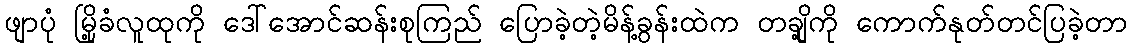
ဖျာပုံ မြို့ခံလူထုကို ဒေါ်အောင်ဆန်းစုကြည် ပြောခဲ့တဲ့မိန့်ခွန်းထဲက တချို့ကို ကောက်နုတ်တင်ပြခဲ့တာ